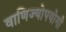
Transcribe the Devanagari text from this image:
वाणिज्योपयोगी